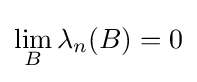
\lim _{B}\lambda _{n}(B)=0